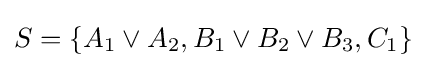
S=\{A_{1}\lor A_{2},B_{1}\lor B_{2}\lor B_{3},C_{1}\}